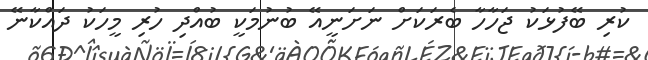
ކުރި ބޭފުޅަކު ޖަހާހާ ބެރަކަށް ނަށަނީއޭ ބުނުމަކީ ބުއްދި ހުރި މީހަކު ދައްކާނޭ